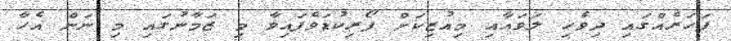
ފަހަރެއްގައި ދިވެހި ލަވައާއި މިއުޒިކަށް ފޯރިކުޑަވެފައިވާ މި ޒަމާނުގައި މި ނަން އެހާ